Indian journal of veterinary science and animal husbandry - Volumes 18-21, 1948-1951
Year: 1948
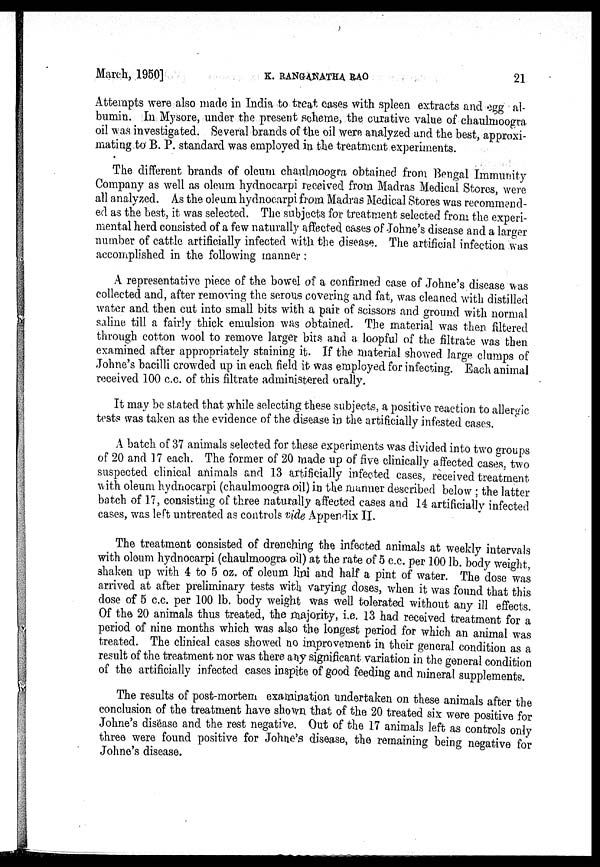
March, 1950]
K.
RANGANATHA
RAO
21
Attempts were also made in India to treat cases with spleen extracts and egg al-
bumin. In Mysore, under the present scheme, the curative value of chaulmoogra
oil was investigated. Several brands of the oil were analyzed and the best, approxi-
mating to B. P. standard was employed in the treatment experiments.
The different brands of oleum chaulmoogra obtained from Bengal Immunity
Company as well as oleum hydnocarpi received from Madras Medical Stores, were
all analyzed. As the oleum hydnocarpi from Madras Medical Stores was recommend-
ed as the best, it was selected. The subjects for treatment selected from the experi-
mental herd consisted of a few naturally affected cases of Johne's disease and a larger
number of cattle artificially infected with the disease. The artificial infection was
accomplished in the following manner :
A representative piece of the bowel of a confirmed case of Johne's disease was
collected and, after removing the serous covering and fat, was cleaned with distilled
water and then cut into small bits with a pair of scissors and ground with normal
saline till a fairly thick emulsion was obtained. The material was then filtered
through cotton wool to remove larger bits and a loopful of the filtrate was then
examined after appropriately staining it. If the material showed large clumps of
Johne's bacilli crowded up in each field it was employed for infecting. Each animal
received 100 c.c. of this filtrate administered orally.
It may be stated that while selecting these subjects, a positive reaction to allergic
tests was taken as the evidence of the disease in the artificially infested cases.
A batch of 37 animals selected for these experiments was divided into two groups
of 20 and 17 each. The former of 20 made up of five clinically affected cases, two
suspected clinical animals and 13 artificially infected cases, received treatment
with oleum hydnocarpi (chaulmoogra oil) in the manner described below ; the latter
batch of 17, consisting of three naturally affected cases and 14 artificially infected
cases, was left untreated as controls vide Appendix II.
The treatment consisted of drenching the infected animals at weekly intervals
with oleum hydnocarpi (chaulmoogra oil) at the rate of 5 c.c. per 100 lb. body weight
shaken up with 4 to 5 ez. of clcum lini and half a pint of water. The dose was
arrived at after preliminary tests with varying doses, when it was found that this
dose of 5 c.c. per 100 lb. body weight was well tolerated without any ill effects.
Of the 20 animals thus treated, the majority, i.e. 13 had received treatment for a
period of nine months which was also the longest period for which an animal was
treated. The clinical cases showed no improvement in their general condition as a
result of the treatment nor was there any significant variation in the general condition
of the artificially infected cases inspite of good feeding and mineral supplements.
The results of post-mortem examination undertaken on these animals after the
conclusion of the treatment have shown that of the 20 treated six were positive for
Johne's disease and the rest negative. Out of the 17 animals left as controls only
three were found positive for Johne's disease, the remaining being negative for
Johne's disease.